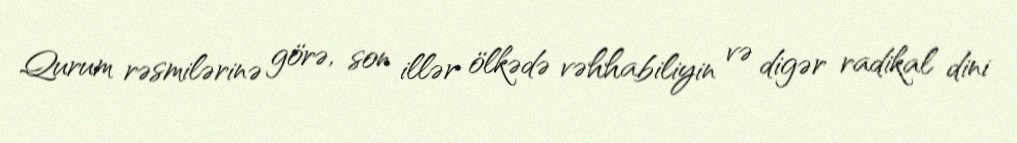
Qurum rəsmilərinə görə, son illər ölkədə vəhhabiliyin və digər radikal dini